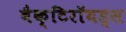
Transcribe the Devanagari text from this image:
बैक्टिरॉयड्स